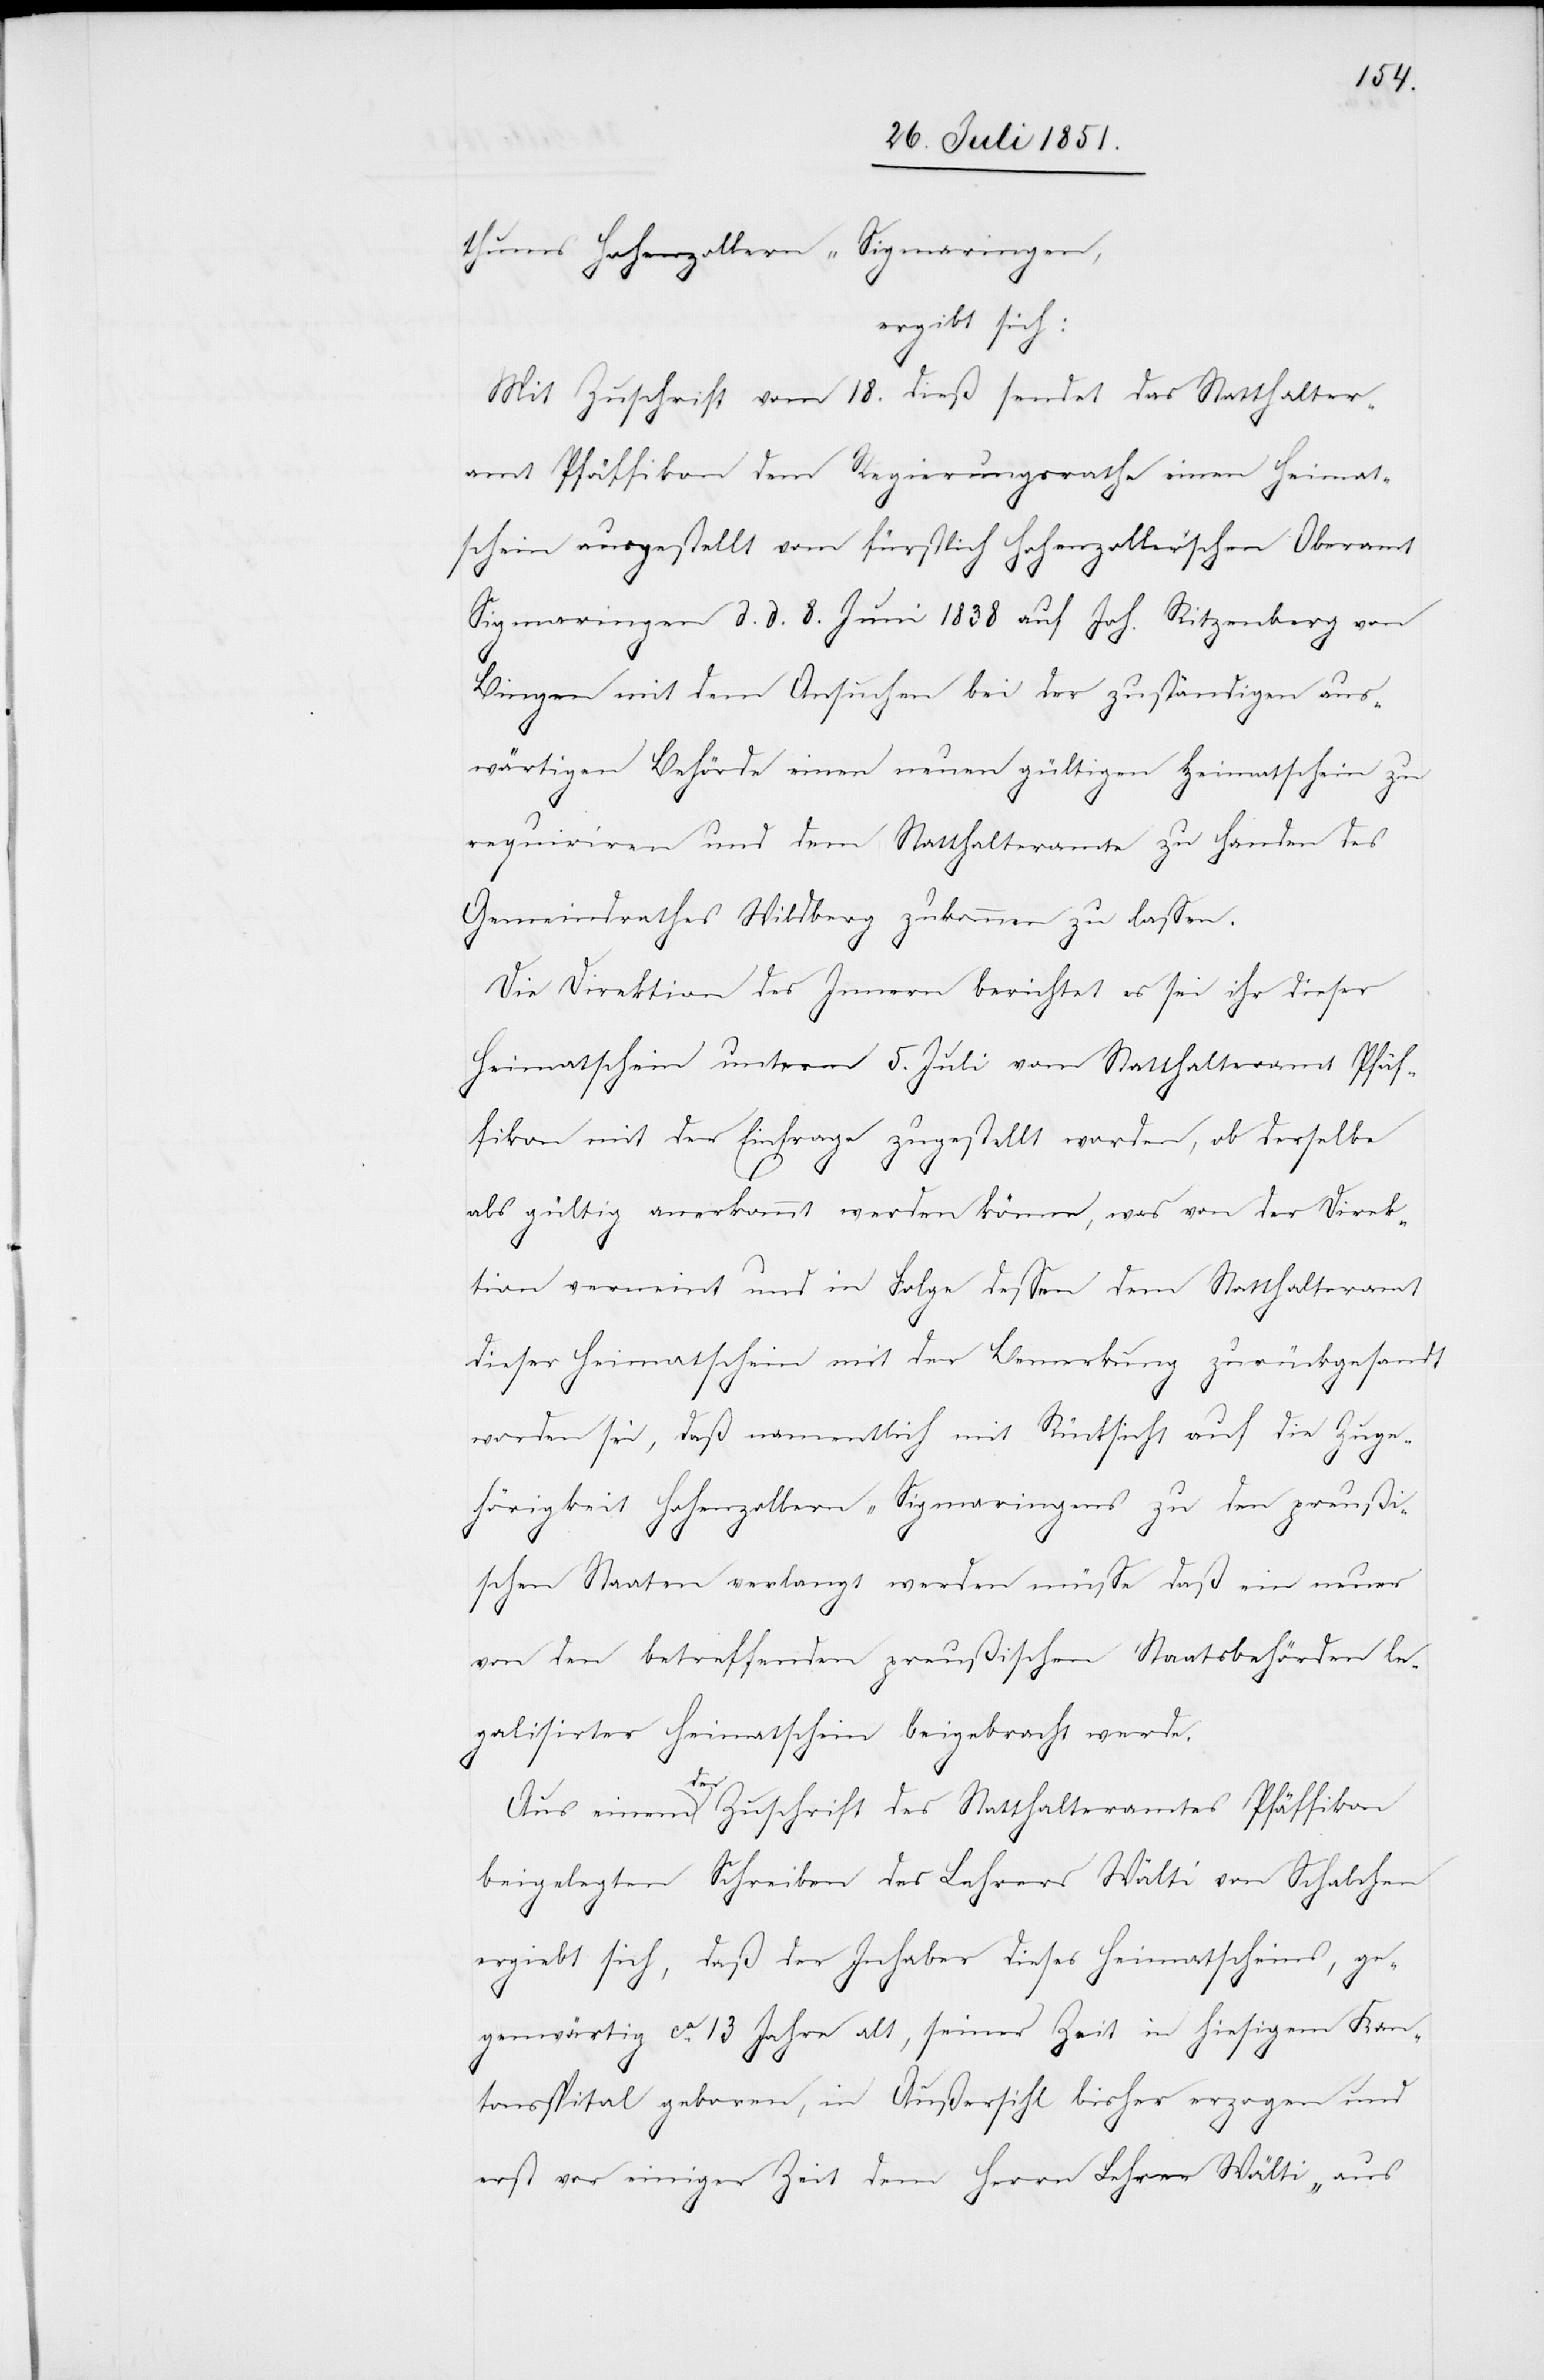
thums Hohenzollern-Sigmaringen,
ergibt sich:
Mit Zuschrift vom 18. dieß sendet das Statthalter¬
amt Pfäffikon dem Regierungsrathe einen Heimat¬
schein ausgestellt vom fürstlich Hohenzoller’schen Oberamt
Sigmaringen d. d. 8. Juni 1838 auf Joh. Ritzenberg
Bingen mit dem Ansuchen bei der zuständigen aus¬
wärtigen Behörde einen neuen gültigen Heimatschein zu
requiriren und dem Statthalteramte zu Handen des
Gemeindrathes Wildberg zukommen zu lassen.
Die Direktion des Innern berichtet es sei ihr dieser
Heimatschein unterm 5. Juli vom Statthalteramt Pfäf¬
fikon mit der Einfrage zugestellt worden, ob derselbe
als gültig anerkannt werden könne, was von der Direk¬
tion verneint und in Folge dessen dem Statthalteramt
dieser Heimatschein mit der Bemerkung zurückgesandt
worden sei, daß namentlich mit Rücksicht auf die Zuge¬
hörigkeit Hohenzollern-Sigmaringens zu den preußi¬
schen Staaten verlangt werden müsse daß ein neuer
von den betreffenden preußischen Staatsbehörden le¬
galisirter Heimatschein beigebracht werde.
Aus einem der Zuschrift des Statthalteramtes Pfäffikon
beigelegten Schreiben des Lehrers Wälti von Schalchen
ergiebt sich, daß der Inhaber dieses Heimatscheins, ge¬
genwärtig ca. 13 Jahre alt, seiner Zeit in hiesigem Kan¬
tonsspital geboren, in Außersihl bisher erzogen und
erst vor einiger Zeit dem Herrn Lehrer Wälti „aus